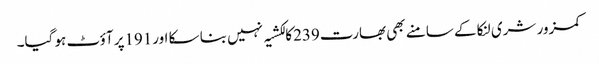
کمزور شری لنکا کے سامنے بھی بھارت239کا لکشیہ نہیں بنا سکا اور191پر آؤٹ ہو گیا۔